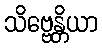
သိဗ္ဗေန္တိယာ